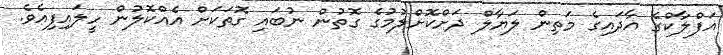
އަފްލާކްގެ އާދައިގެ މަތިން ލަޔާލް ދަށްކޮށްލުމުގެ ގޮތުން ނުބައި ގޮތަކަށް އެއްކޮލުން ހީލައިފިއެވެ.